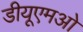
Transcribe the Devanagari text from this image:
डीयूएमओ